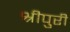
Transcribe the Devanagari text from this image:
श्रीपुरी